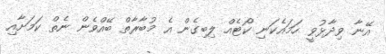
އޭނާ ވިދާޅުވީ ހަމައެކަނި ކޯޓެއް ލިބިގެން އެ މުބާރާތް ބޭއްވެން ނެތް ކަމަށާއި